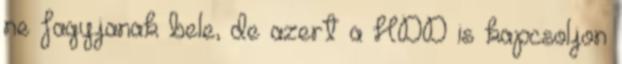
ne fagyjanak bele, de azert a HDD is kapcsoljon